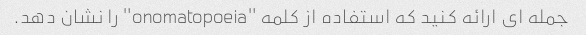
جمله ای ارائه کنید که استفاده از کلمه "onomatopoeia" را نشان دهد.